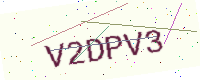
Text: V2DPV3